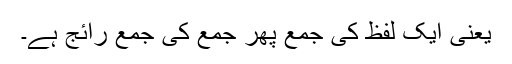
یعنی ایک لفظ کی جمع پھر جمع کی جمع رائج ہے۔